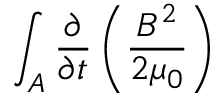
\int _ { A } \frac { \partial } { \partial t } \left( \frac { B ^ { 2 } } { 2 \mu _ { 0 } } \right)